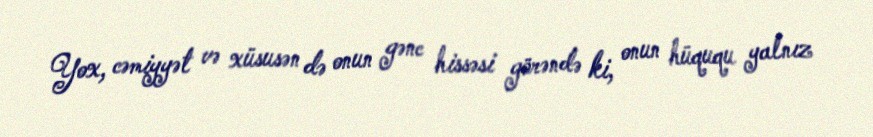
Yox, cəmiyyət və xüsusən də onun gənc hissəsi görəndə ki, onun hüququ yalnız